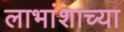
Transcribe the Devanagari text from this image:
लाभांशाच्या